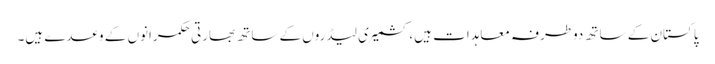
پاکستان کے ساتھ دوطرفہ معاہدات ہیں،کشمیری لیڈروں کے ساتھ بھارتی حکمرانوں کے وعدے ہیں۔